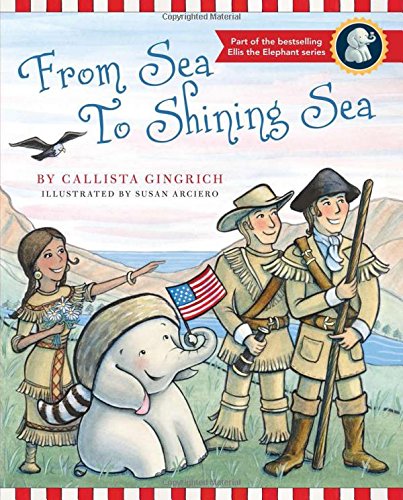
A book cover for From Sea to Shining Sea (Ellis the Elephant); Callista Gingrich; Children's Books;